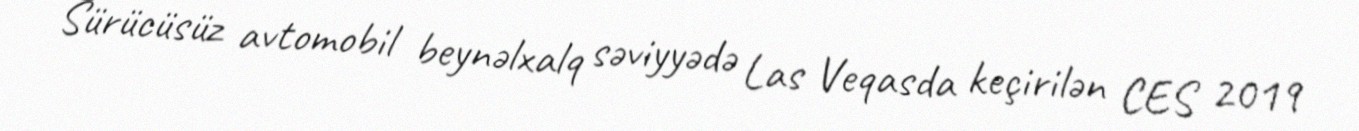
Sürücüsüz avtomobil beynəlxalq səviyyədə Las Veqasda keçirilən CES 2019